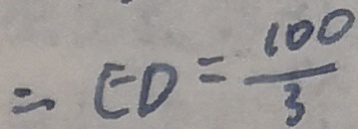
= E D = \frac { 1 0 0 } { 3 }